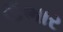
ઉભાર